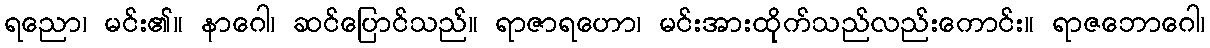
ရညော၊ မင်း၏။ နာဂေါ၊ ဆင်ပြောင်သည်။ ရာဇာရဟော၊ မင်းအားထိုက်သည်လည်းကောင်း။ ရာဇဘောဂေါ၊